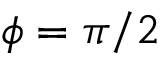
\phi = \pi / 2